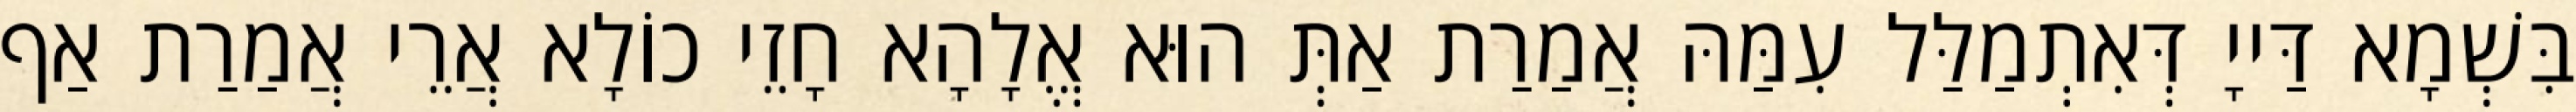
בִּשְׁמָא דַּייָ דְּאִתְמַלַּל עִמַּהּ אֲמַרַת אַתְּ הוּא אֱלָהָא חָזֵי כוֹלָא אֲרֵי אֲמַרַת אַף